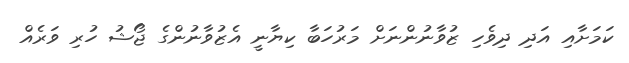
ކަމަށާއި އަދި ދިވެހި ޒުވާނުންނަށް މަރުހަބާ ކިޔާނީ އެޒުވާނުންގެ ޖޯޝު ހުރި ވަރެއް